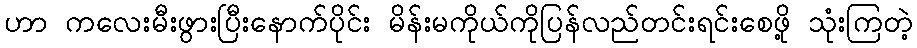
ဟာ ကလေးမီးဖွားပြီးနောက်ပိုင်း မိန်းမကိုယ်ကိုပြန်လည်တင်းရင်းစေဖို့ သုံးကြတဲ့